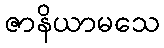
ဇာနိယာမသေ